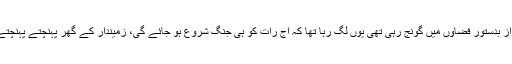
شیلنگ کی آواز بدستور فضاؤں میں گونج رہی تھی یوں لگ رہا تھا کہ آج رات کو ہی جنگ شروع ہو جائے گی، زمیندار کے گھر پہنچتے پہنچتے شام ہو گئی۔